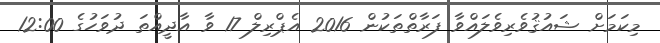
މިކަމަށް ޝައުޤުވެރިވެލައްވާ ފަރާތްތަކުން 2016 އެޕްރިލް 17 ވާ އާދީއްތަ ދުވަހުގެ 12:00